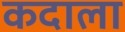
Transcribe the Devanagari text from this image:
कदाला